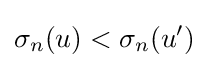
\sigma _{n}(u)<\sigma _{n}(u')